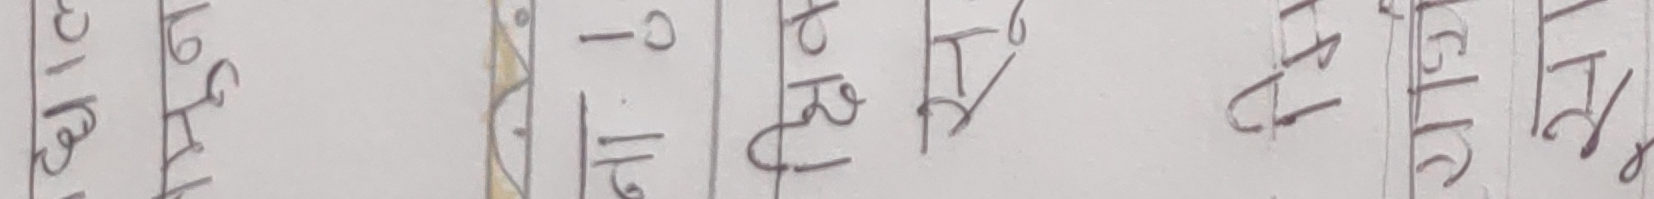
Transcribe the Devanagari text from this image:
जाट बछौ १ | २ | ३ | ४ | ५ |